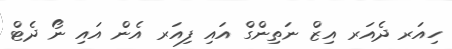
ހިއަރ ދެއަރ އިޒް ނަތިންގް އައި ފިއަރ އެން އައި ނޯ ދެޓް